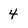
Character: 4